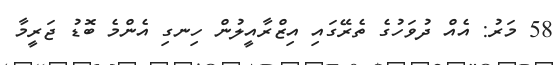
58 މަރު: އެއް ދުވަހުގެ ތެރޭގައި އިޒްރާއީލުން ހިނގި އެންމެ ބޮޑު ޖަރީމާ